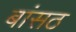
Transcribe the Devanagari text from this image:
बांसठ